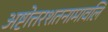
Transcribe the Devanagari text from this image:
अष्टोत्तरशतनामावलि